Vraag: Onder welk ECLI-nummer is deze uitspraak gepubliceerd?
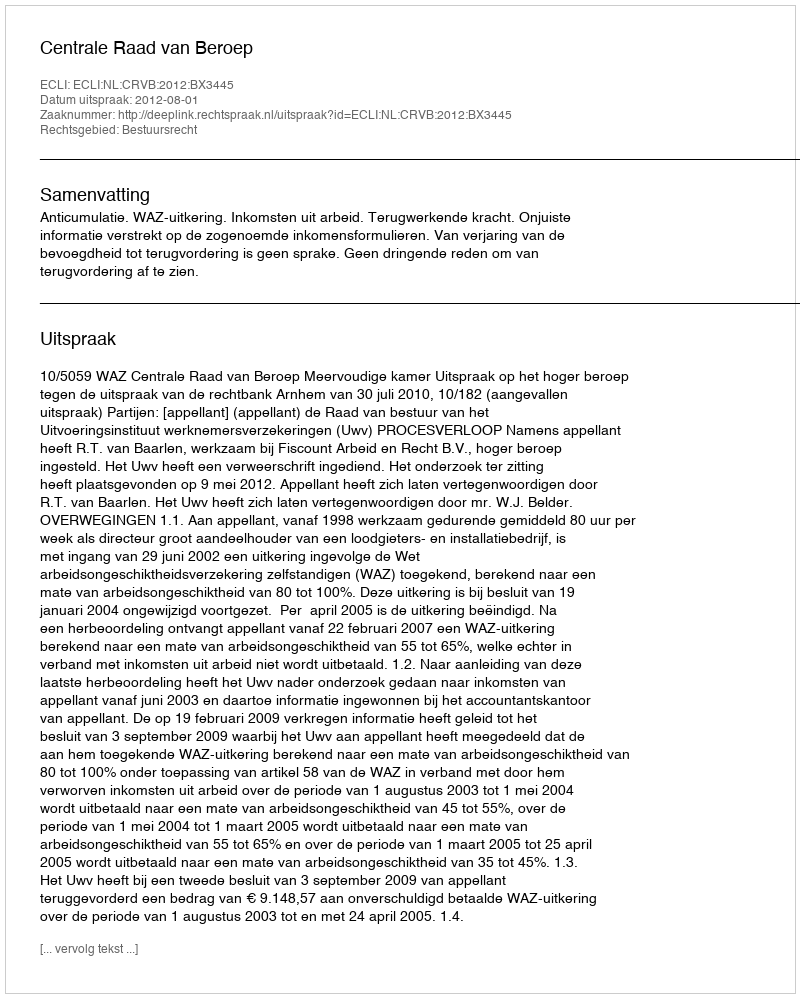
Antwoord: ECLI:NL:CRVB:2012:BX3445